Problem: 37 + 47 = ?
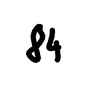
Handwritten answer: 84